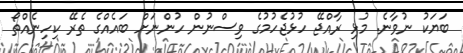
ބަޔަކު ނުވާނެ. މުޅި ރާއްޖޭ ހުޅުޖެހުމުގެ ވިސްނުން ހުންނަށް ބައެއްގެ ތެރޭ ކިހިނެއްތޯ